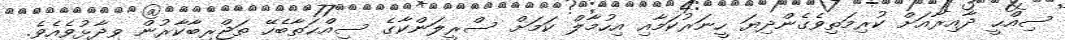
ސިއްޙީ ދާއިރާއަށް ކުރިމަތިވެގެންދިޔަ ހީނަރުކަމާއި އިހުމާލް ކަމަށް ސްރީލަންކާގެ ސިއްޙަތާބެހޭ ތަޖްރިބާކާރުން ވިދާޅުވެއެވެ.